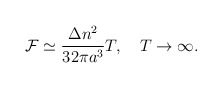
\begin{align*}{\cal F}\simeq \frac{\Delta n^2}{32 \pi a^3}T, \quad T\to \infty {.}\end{align*}